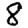
Digit: 8